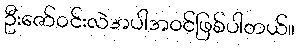
ဦးဇော်ဝင်းလဲအပါအဝင်ဖြစ်ပါတယ်။